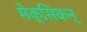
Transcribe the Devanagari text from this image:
मेक्सिकन्